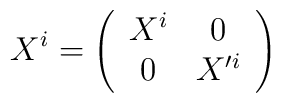
X^i=\left(\begin{array}{cc} X^i & 0 \\                                       0 & X'^i \\ \end{array}\right)